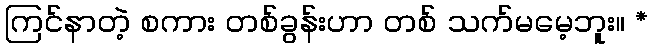
ကြင်နာတဲ့ စကား တစ်ခွန်းဟာ တစ် သက်မမေ့ဘူး။ *